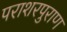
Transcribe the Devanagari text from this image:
पराशरपुराण